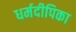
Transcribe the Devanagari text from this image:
धर्मदीपिका